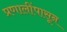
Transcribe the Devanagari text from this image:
प्रणालींपासून